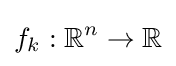
f_{k}:\mathbb {R} ^{n}\to \mathbb {R}